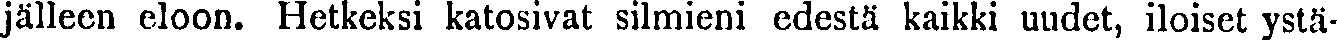
jälleen eloon. Hetkeksi katosivat silmieni edestä kaikki uudet, iloiset ystä-